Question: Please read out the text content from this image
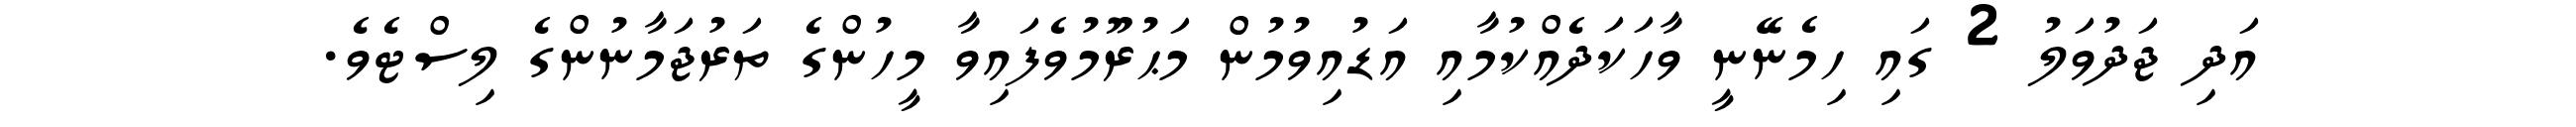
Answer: އަދި ޖަދުވަލު 2 ގައި ހިމެނޭނީ ވާހަކަދެއްކުމާއި އަޑުއިވުމުން މަޙުރޫމުވެފައިވާ މީހުންގެ ތަރުޖަމާނުންގެ ލިސްޓެވެ.